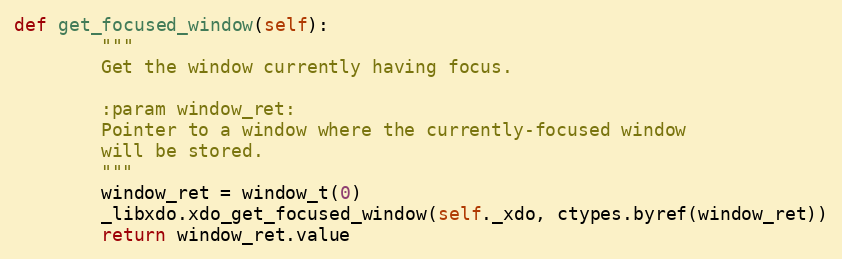
Language: Python
def get_focused_window(self):
        """
        Get the window currently having focus.

        :param window_ret:
        Pointer to a window where the currently-focused window
        will be stored.
        """
        window_ret = window_t(0)
        _libxdo.xdo_get_focused_window(self._xdo, ctypes.byref(window_ret))
        return window_ret.value